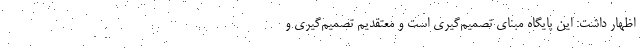
اظهار داشت: این پایگاه مبنای تصمیم‌گیری است و معتقدیم تصمیم‌گیری و